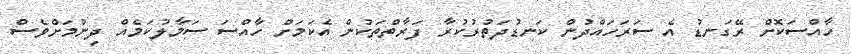
ހާއްސަކޮށް ރޭގަނޑު އެ ސަރަހައްދުން ކަނޑުދަތުރުކުރާ ފަރާތްތަކުން އެކަމަށް ހާއްސަ ސަމާލުކަމެއް ދިނުމަށްވެސް